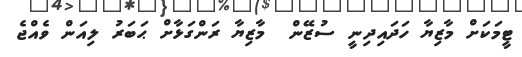
ޓީމަކަށް މާޒިޔާ ހަދައިދިނީ ސުޒޭން  މާޒިޔާ ރަންގަޅާށް ޙަބަރު ލިއަން ވެއްޖެ